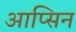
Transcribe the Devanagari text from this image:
आप्सिन